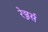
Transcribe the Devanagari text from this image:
रेञ्जर्स